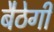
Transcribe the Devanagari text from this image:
बैठेगी